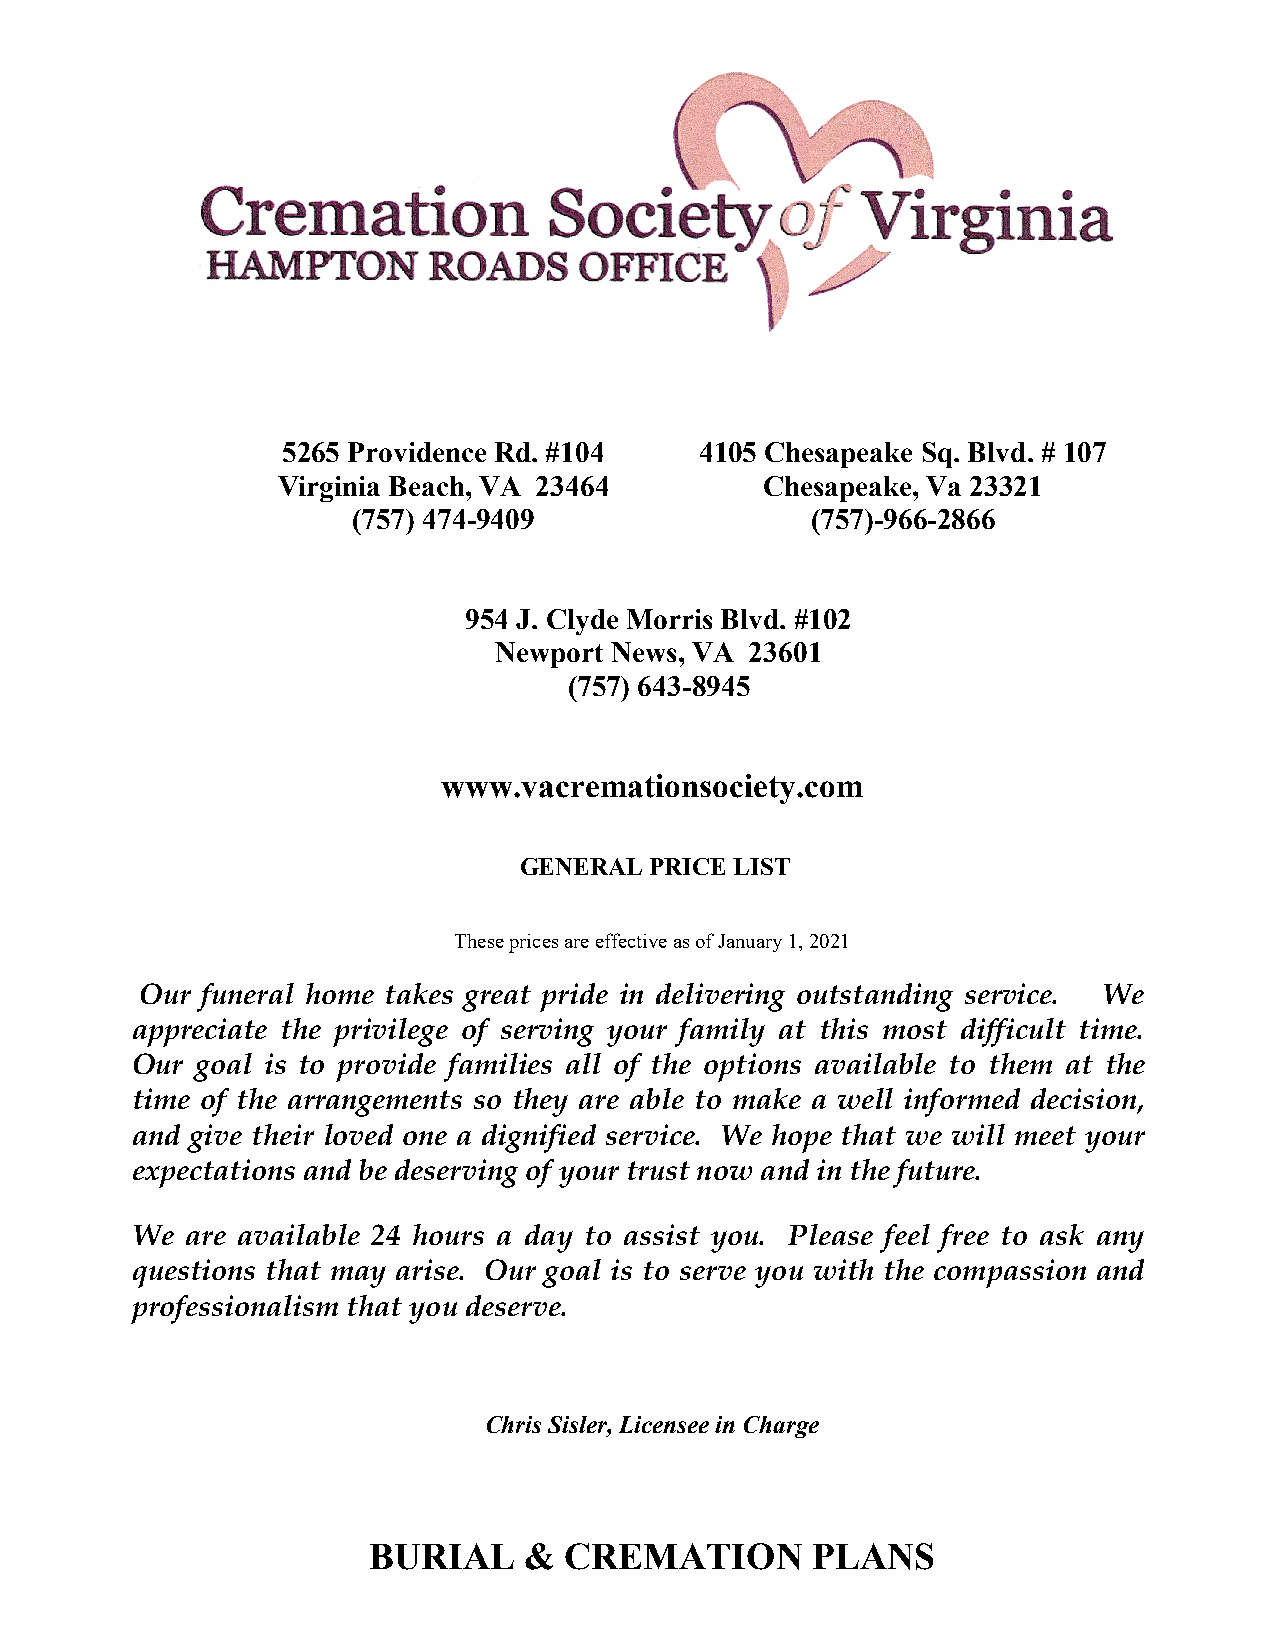
5265 Providence Rd. #104   4 1 0 5 Chesapeake Sq. Blvd. # 107
 Virginia Beach, VA 23464         Chesapeake, Va 23321
 (757) 474-9409                 (757)-966-2866
 954 J. Clyde Morris Blvd. #102
 Newport News, VA 23601
 (757) 643-8945
 www.vacremationsociety.com
 GENERAL  PRICE LIST
 These prices are effective as of January 1, 2021
 Our funeral home takes great pride in delivering outstanding service. We
 appreciate the privilege of serving your family at this most difficult time.
 Our goal is to provide families all of the options available to them at the
 time of the arrangements so they are able to make a well informed decision,
 and give their loved one a dignified service. We hope that we will meet your
 expectations and be deserving of your trust now and in the future.
 We are available 24 hours a day to assist you. Please feel free to ask any
 questions that may arise. Our goal is to serve you with the compassion and
 professionalism that you deserve.
 Chris Sisler, Licensee in Charge
 BURIAL     & CREMATION        PLANS